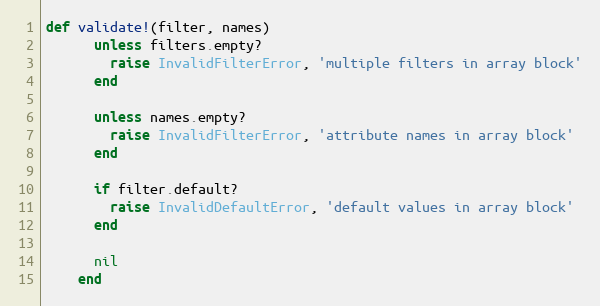
Language: Ruby
def validate!(filter, names)
      unless filters.empty?
        raise InvalidFilterError, 'multiple filters in array block'
      end

      unless names.empty?
        raise InvalidFilterError, 'attribute names in array block'
      end

      if filter.default?
        raise InvalidDefaultError, 'default values in array block'
      end

      nil
    end